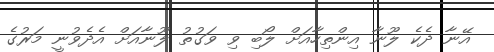
އޭނާ ދެކެ ލޫނާ އިންތިހާއަށް ލޯބި ވި ވަގުތު ލޫނާއަށް އެދެވުނީ މަރުގެ